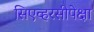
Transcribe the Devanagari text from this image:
सिएव्हरसीपेक्षा